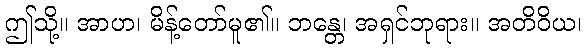
ဤသို့။ အာဟ၊ မိန့်တော်မူ၏။ ဘန္တေ၊ အရှင်ဘုရား။ အတိဝိယ၊